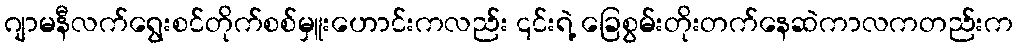
ဂျာမနီလက်ရွေးစင်တိုက်စစ်မှူးဟောင်းကလည်း ၎င်းရဲ့ ခြေစွမ်းတိုးတက်နေဆဲကာလကတည်းက